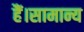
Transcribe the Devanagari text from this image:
हैं।सामान्य